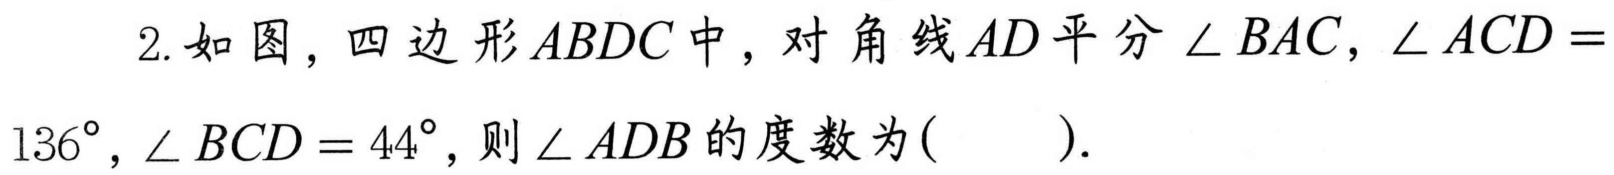
2. 如图，四边形\(ABDC\)中，对角线\(AD\)平分\(\angle BAC\)，\(\angle ACD = 136^{\circ}\)，\(\angle BCD = 44^{\circ}\)，则\(\angle ADB\)的度数为(  ).